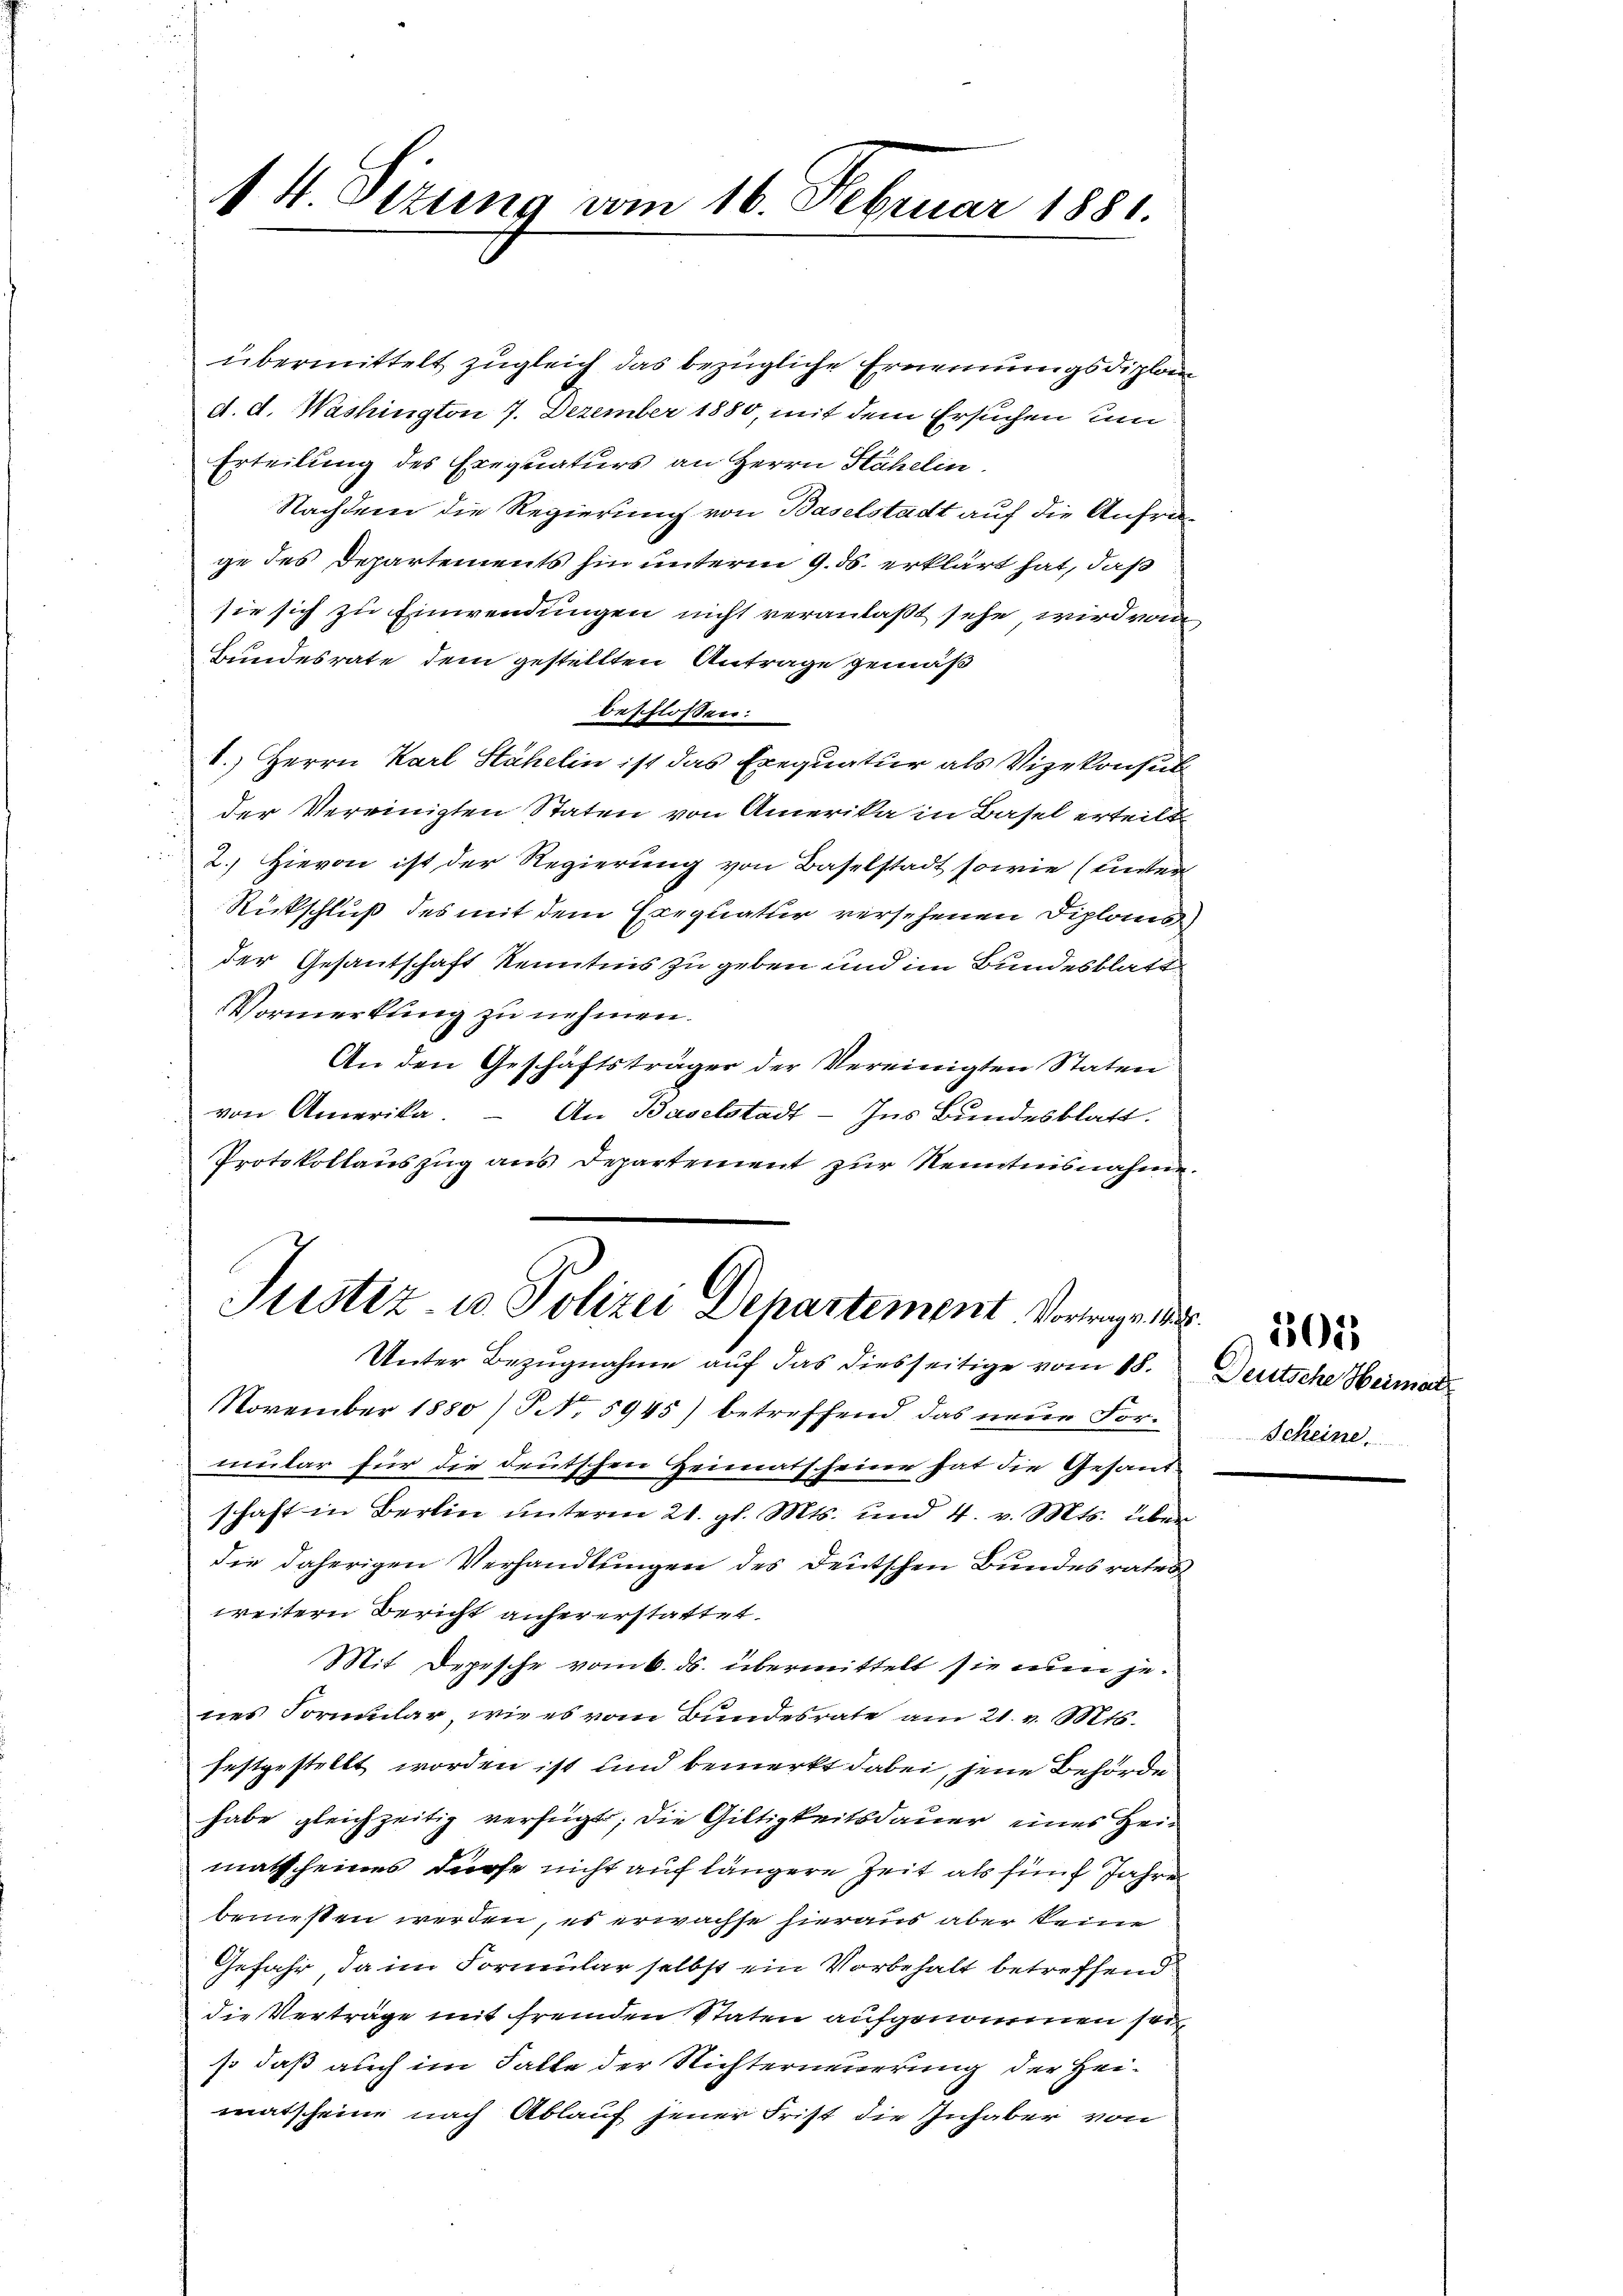
14 Sizung vom 16. Februar 1881.

übermittelt zugleich das bezügliche Ernennungsdiplom
d. d. Washington 7. Dezember 1880, mit dem Ersuchen um
Erteilung des Erequaturs an Herrn Stähelin.
Nachdem die Regierung von Baselstadt auf die Anfrage des Departements hin unterm 9. ds. erklärt hat, daß
sie sich zu Einwendungen nicht veranlaßt sehe, wird von
Bundesrate dem gestellten Antrage gemäß
beschlossen:
8.) Herrn Karl Stähelin ist das Exequatur als Vizekonsul
der Vereinigten Staten von Amerika in Basel erteilt
2.) Hievon ist der Regierung von Baselstadt sowie (unter
Rückschluß des mit dem Exequatur versehenen Diploms
der Gesantschaft Kenntnis zu geben und im Bundesblatt
Vormerkung zu nehmen.
An den Geschäftsträger der Vereinigten Staten
von Amerika.  An Baselstadt - Ins Bundesblatt.
Protokollauszug aus Departement zur Kenntnisnahme.

Justiz u. Polizei Departement Vorwegen
Unter Bezugnahme auf das diesseitige vom 18.

November 1880 / NNo. 5945) betreffend das neue Formular für die deutschen Heimatscheine hat die Gesand
schaft in Berlin ŭnterm 21. gl. Mts. und 4. v. Mts. über
die daherigen Verhandlungen des Deutschen Bundesrates
weitern Bericht anher erstattet.
Mit Depesche vom 6. ds. übermittelt sie nun jenes Formular, wie es vom Bundesrate am 21. v. Mts.
festgestellt worden ist und bemerkt dabei, jene Behörde
habe gleichzeitig verfügt; die Gültigkeitsdauer eines Heimatscheines dürfe nicht auf längere Zeit als fünf Jahre
bemesten werden, es erwachse hieraus aber keine
Gefahr, da im Formular selbst ein Vorbehalt betreffend
die Verträge mit fremden Staten aufgenommen sei,
so daß auch im Falle der Richterneuerung der Heimatschein nach Ablauf jener Frist die Inhaber von

Deutsche Heimar
Scheine

305